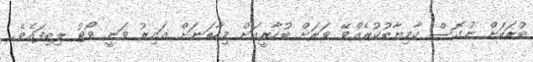
ބުރަކަށް ނުގޮސް ކާމިޔާބުކުރެއްވޭ ވަރަށް ބުހާރީއަށް މިހާތަނަށް އައިރު ވަނީ ވޯޓު ލިބިފައެވެ.